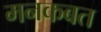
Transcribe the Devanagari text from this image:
मनकबत